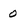
Character: 0